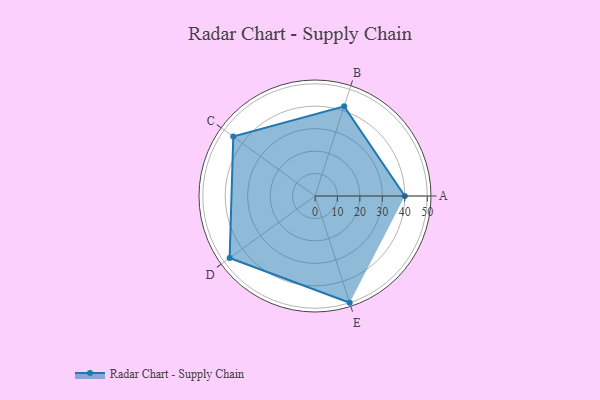
{"axis": {"x": "Skill", "y": "Score"}, "legend": ["Profile"], "data": [{"x": "A", "y": 40.0, "type": "Profile"}, {"x": "B", "y": 42.0, "type": "Profile"}, {"x": "C", "y": 45.0, "type": "Profile"}, {"x": "D", "y": 47.0, "type": "Profile"}, {"x": "E", "y": 50.0, "type": "Profile"}]}